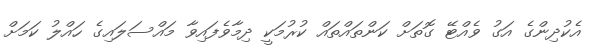
އެކުދިންގެ އަގު ވެއްޓޭ ގޮތަށް ކަންތައްތައް ކުރުމަކީ ދިމާވެފައިވާ މައްސަލައިގެ ހައްލު ކަމަށް